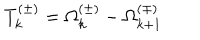
LaTeX: T _ { k } ^ { ( \pm ) } = \Omega _ { k } ^ { ( \pm ) } - \Omega _ { k + 1 } ^ { ( \mp ) }